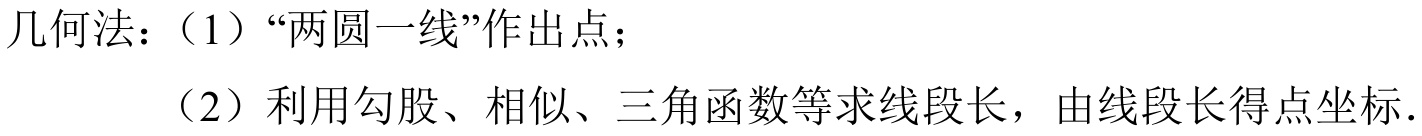
几何法：（1）“两圆一线”作出点；
（2）利用勾股、相似、三角函数等求线段长，由线段长得点坐标.